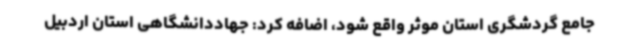
جامع گردشگری استان موثر واقع شود، اضافه کرد: جهاددانشگاهی استان اردبیل